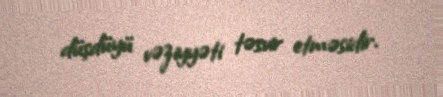
düşdüyü vəziyyəti təsvir etməsidir.